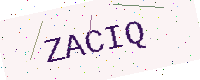
Text: ZACIQ